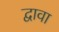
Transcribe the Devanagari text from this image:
द्वावा